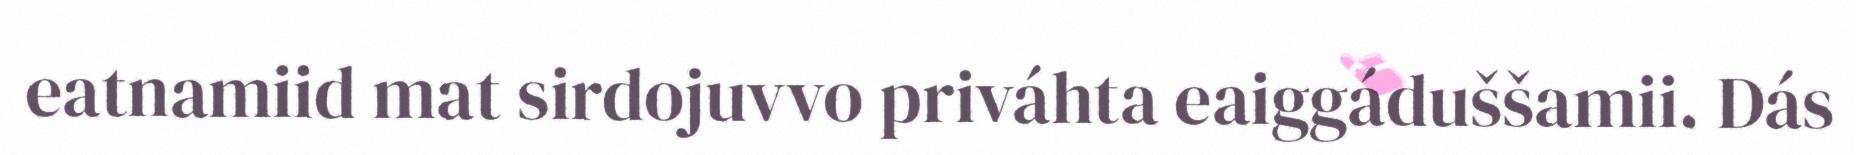
eatnamiid mat sirdojuvvo priváhta eaiggáduššamii. Dás